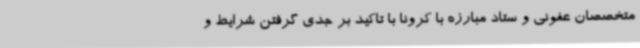
متخصصان عفونی و ستاد مبارزه با کرونا با تاکید بر جدی گرفتن شرایط و